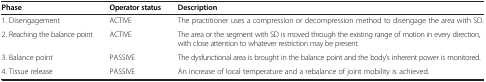
| Phase | Operator status | Description |
 | --- | --- | --- |
 | 1. Disengagement | ACTIVE | The practitioner uses a compression or decompression method to disengage the area with SD. |
 | 2. Reaching the balance point | ACTIVE | The area or the segment with SD is moved through the existing range of motion in every direction, with close attention to whatever restriction may be present. |
 | 3. Balance point | PASSIVE | The dysfunctional area is brought in the balance point and the body’s inherent power is monitored. |
 | 4. Tissue release | PASSIVE | An increase of local temperature and a rebalance of joint mobility is achieved. |